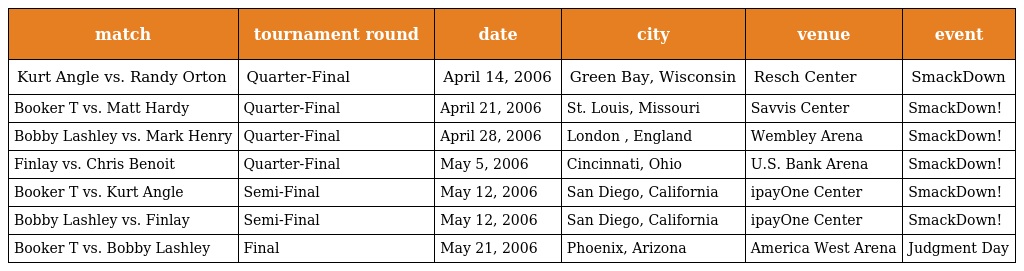
| match | tournament round | date | city | venue | event |
 | --- | --- | --- | --- | --- | --- |
 | Kurt Angle vs. Randy Orton | Quarter-Final | April 14, 2006 | Green Bay, Wisconsin | Resch Center | SmackDown |
 | Booker T vs. Matt Hardy | Quarter-Final | April 21, 2006 | St. Louis, Missouri | Savvis Center | SmackDown! |
 | Bobby Lashley vs. Mark Henry | Quarter-Final | April 28, 2006 | London , England | Wembley Arena | SmackDown! |
 | Finlay vs. Chris Benoit | Quarter-Final | May 5, 2006 | Cincinnati, Ohio | U.S. Bank Arena | SmackDown! |
 | Booker T vs. Kurt Angle | Semi-Final | May 12, 2006 | San Diego, California | ipayOne Center | SmackDown! |
 | Bobby Lashley vs. Finlay | Semi-Final | May 12, 2006 | San Diego, California | ipayOne Center | SmackDown! |
 | Booker T vs. Bobby Lashley | Final | May 21, 2006 | Phoenix, Arizona | America West Arena | Judgment Day |